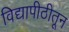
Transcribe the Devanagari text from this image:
विद्यापीठीतून